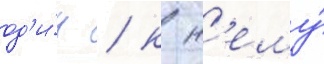
од'и́н / к н'ему́